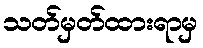
သတ်မှတ်ထားရာမှ